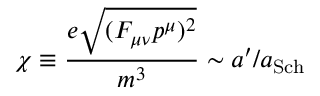
\chi \equiv \frac { e \sqrt { ( F _ { \mu \nu } p ^ { \mu } ) ^ { 2 } } } { m ^ { 3 } } \sim a ^ { \prime } / a _ { \mathrm { S c h } }